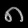
Digit: ၈